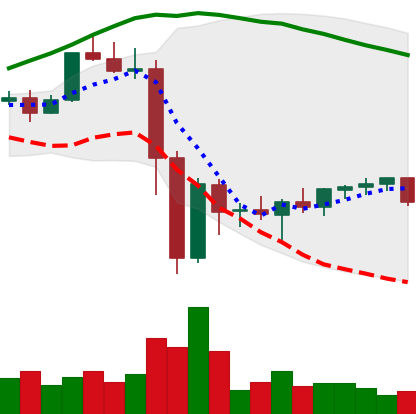
Ticker: XMR-USD
Chart end date: 2022-11-20
Forward return: 4.996%
Label: up_3_5